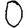
Digit: 0